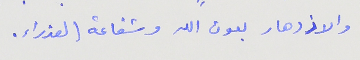
والازدهار بعون الله وشفاعة العذراء.